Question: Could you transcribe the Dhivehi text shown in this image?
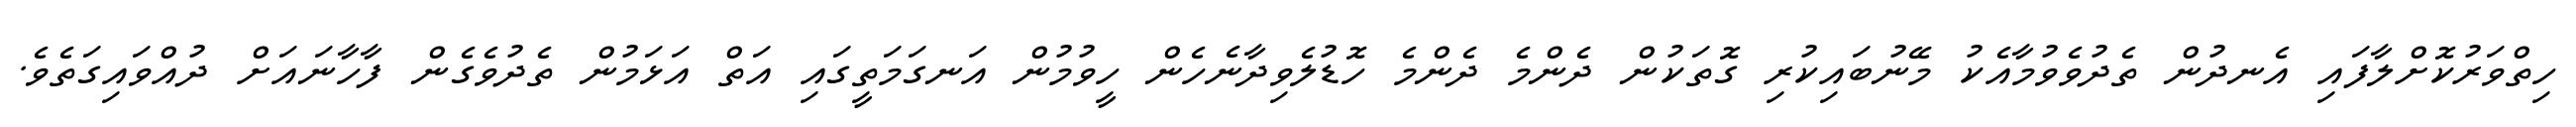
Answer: ހިތްވަރުކޮށްލާފައި އެނދުން ތެދުވެވުމާއެކު މޭނުބައިކުރި ގޮތަކުން ދެންމެ ދެންމެ ހޮޑުލެވިދާނެހެން ހީވުމުން އަނގަމަތީގައި އަތް އަޅަމުން ތެދުވެގެން ފާހާނައަށް ދުއްވައިގަތެވެ.